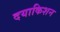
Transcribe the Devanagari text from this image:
दयाकिशन